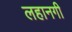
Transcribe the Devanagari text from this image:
लहानगी